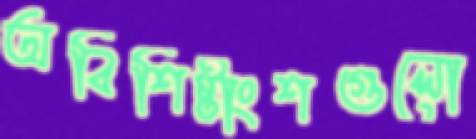
অবিশিষ্টাংশগুলো